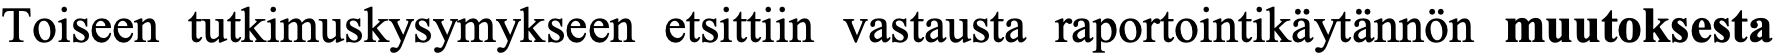
Toiseen tutkimuskysymykseen etsittiin vastausta raportointikäytännön muutoksesta